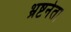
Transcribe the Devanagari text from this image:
भ्रष्टनेता